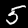
Digit: 5